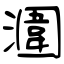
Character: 潿